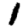
Digit: 1